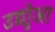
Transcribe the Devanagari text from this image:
उद्योुआ